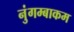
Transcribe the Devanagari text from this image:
नुंगम्बाकम